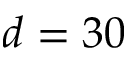
d = 3 0